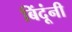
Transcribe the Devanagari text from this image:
बिंदूंनी